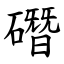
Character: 䃡